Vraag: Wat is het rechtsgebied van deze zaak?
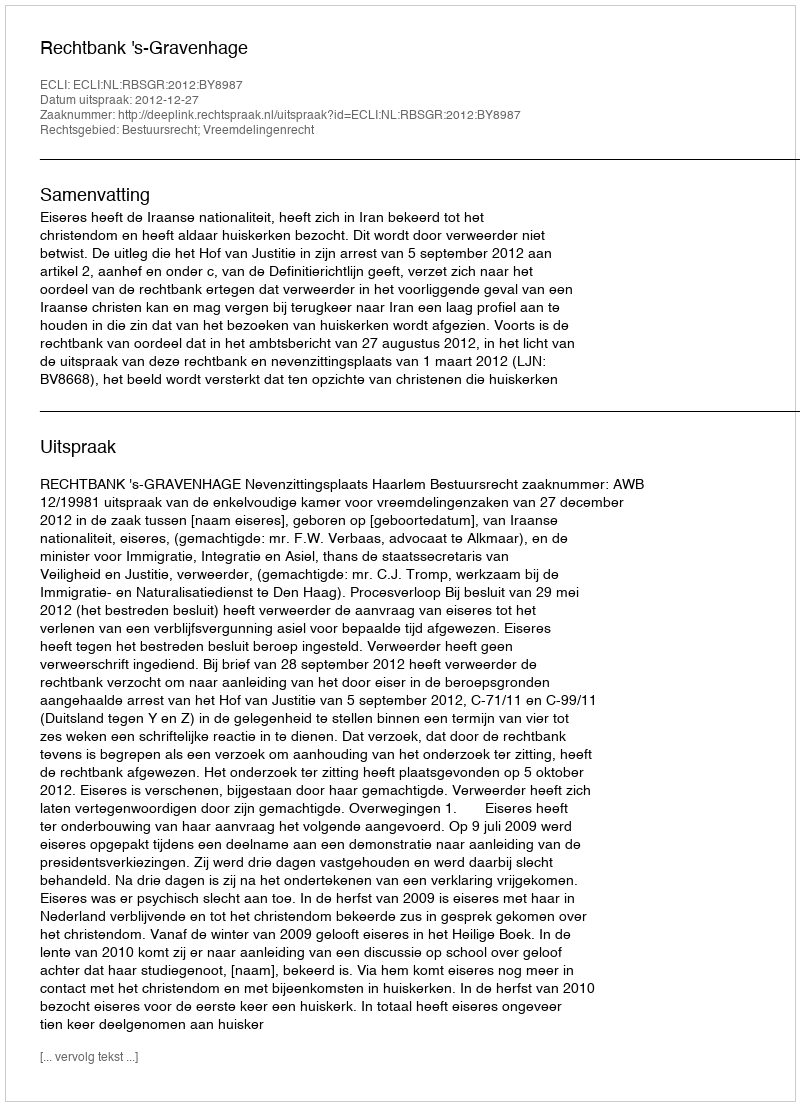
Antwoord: Bestuursrecht; Vreemdelingenrecht